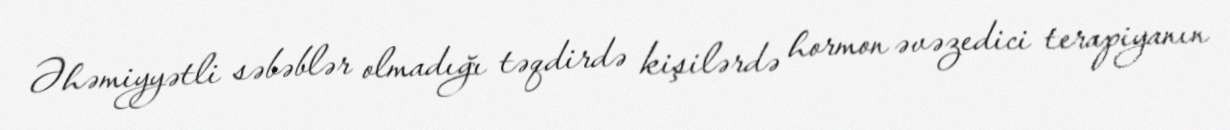
Əhəmiyyətli səbəblər olmadığı təqdirdə kişilərdə hormon əvəzedici terapiyanın